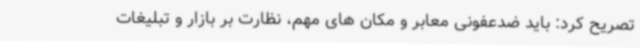
تصریح کرد: باید ضدعفونی معابر و مکان های مهم، نظارت بر بازار و تبلیغات